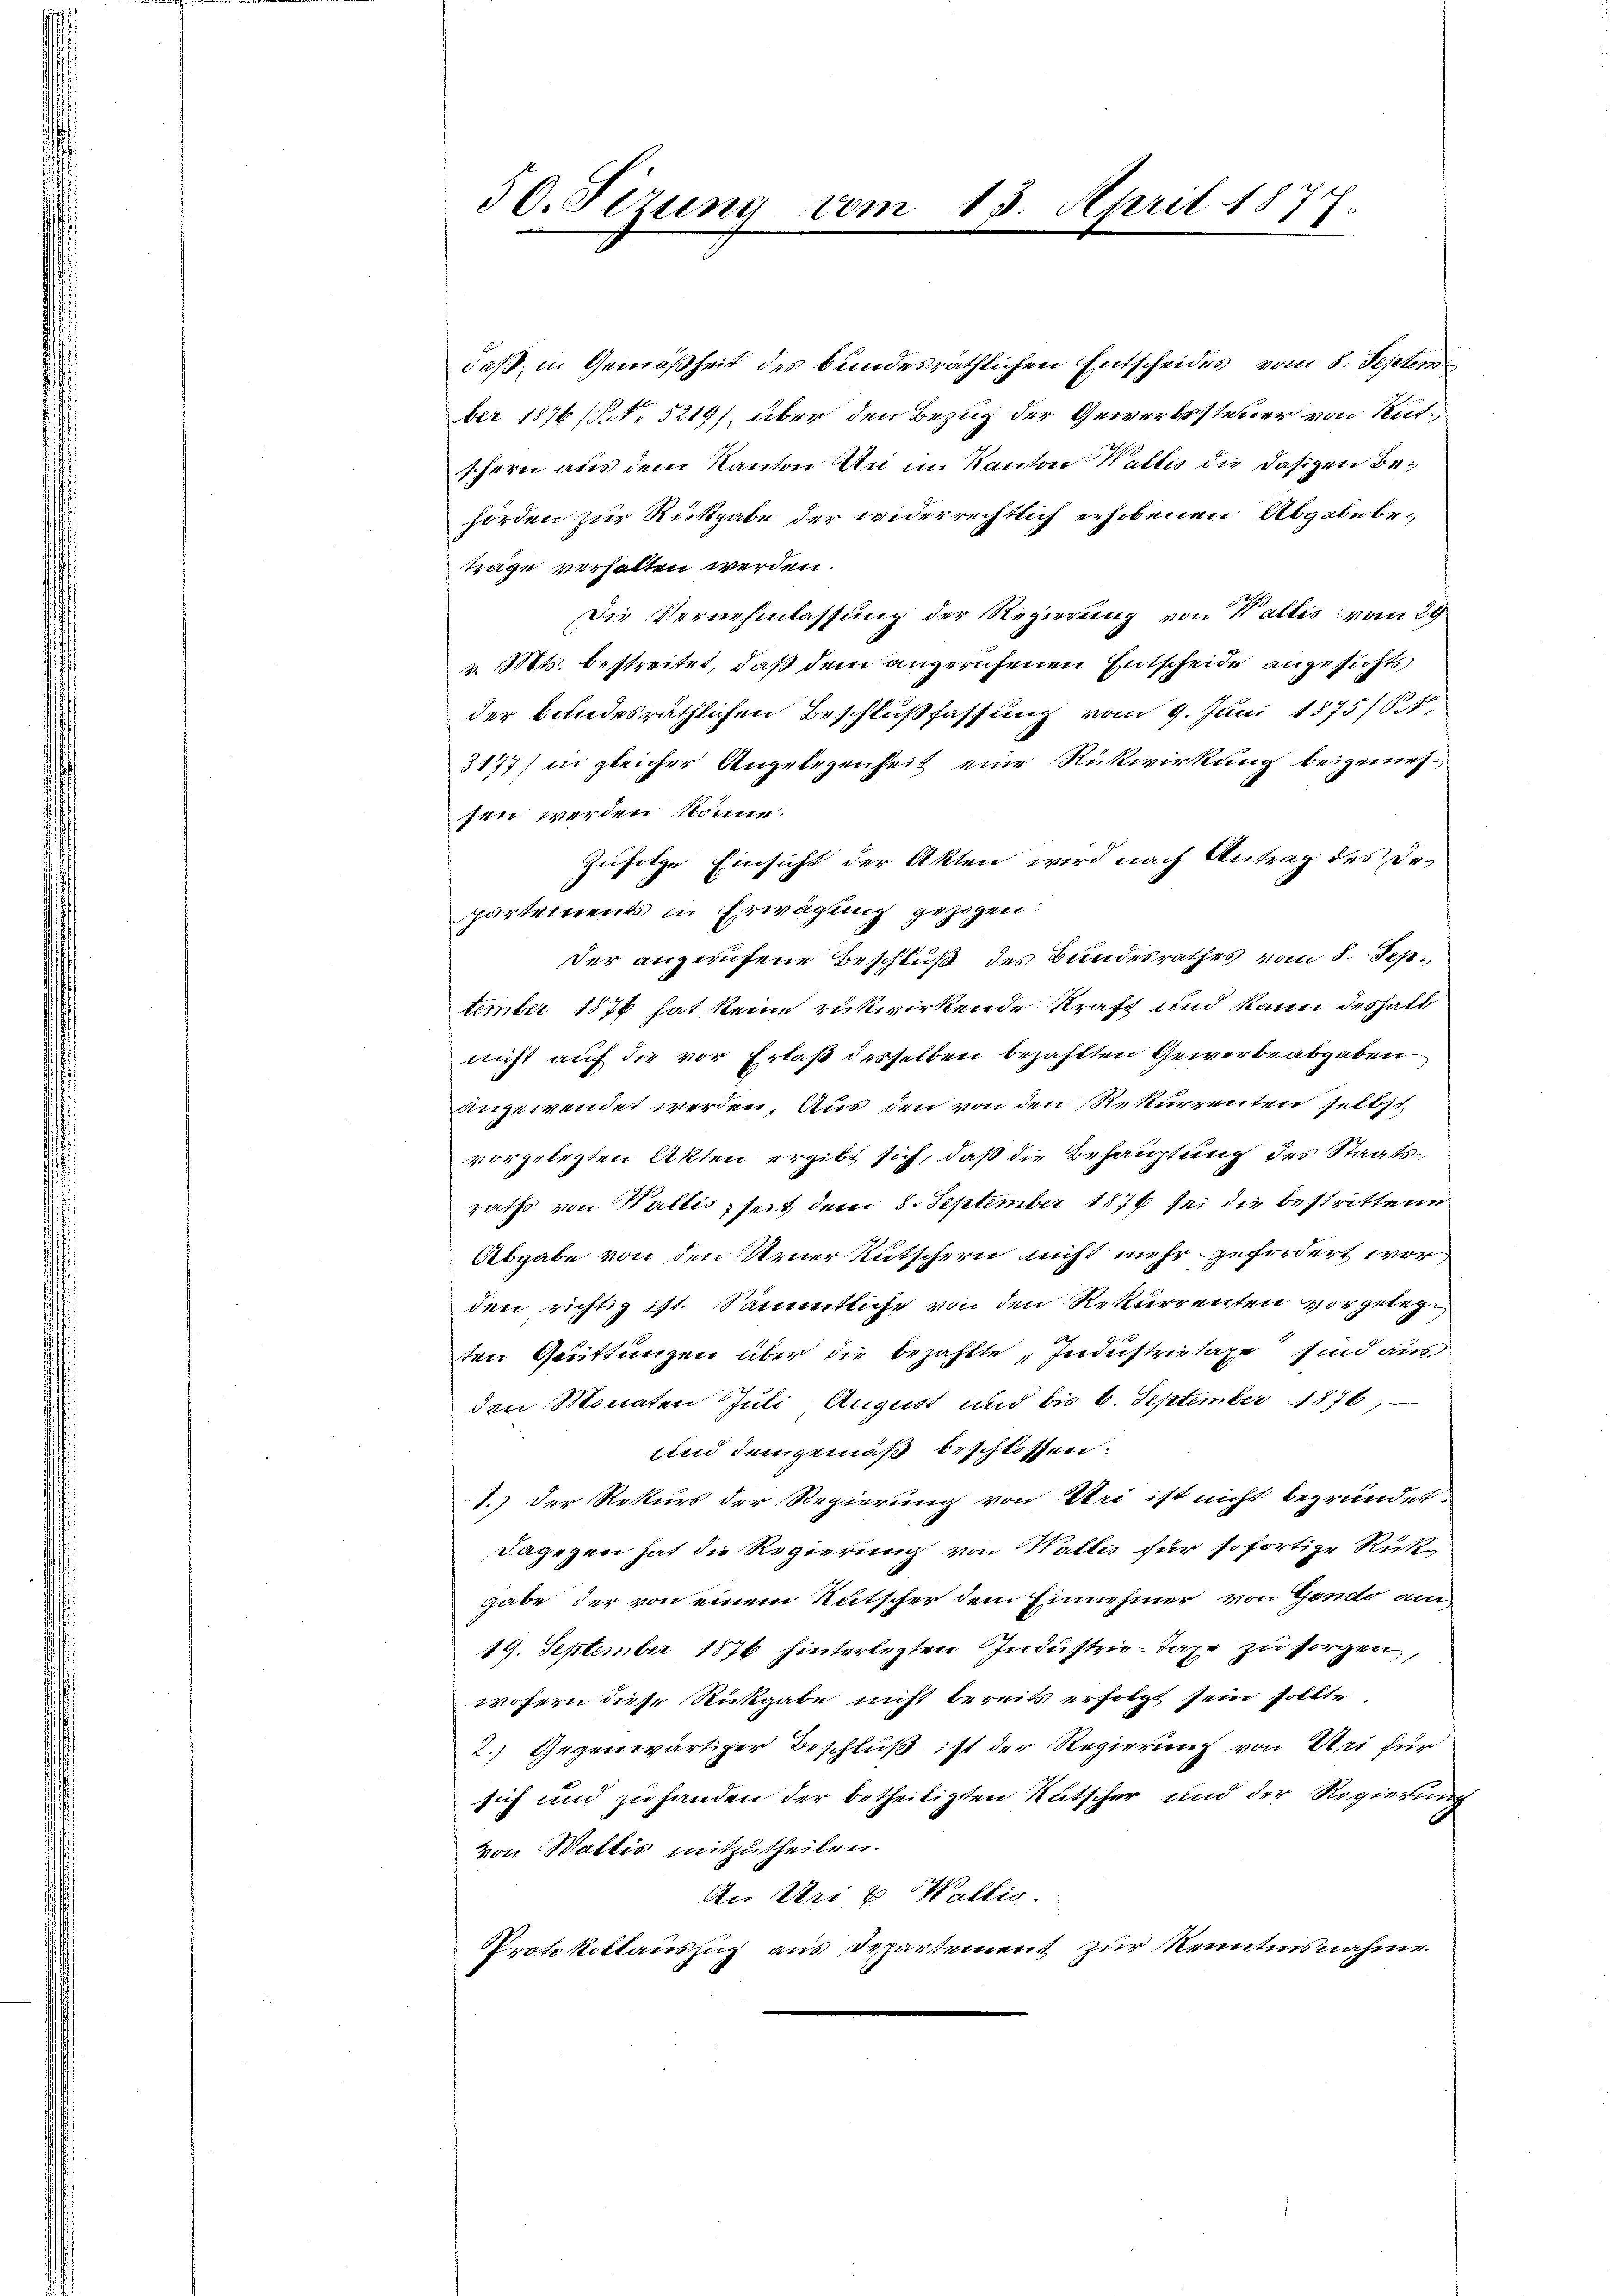
50. Sizung vom 15. April 1877.

daß, in Gemäßheit des bundesräthlichen Entscheides vom 8. Septem
ber 1876 (N. 5219), über den Bezug der Gewerbssteuer von Rütschern aus dem Kanton Uri im Kanton Wallis die dasigen Behörden zur Rückgabe der widerrechtlich erhobenen Abgabe beträge verhalten werden.
Die Vernehmlassung der Regierung von Wallis vom 29
v. Mts. bestreitet, daß dem angeruhenen Entscheide anzusichts
der bundesräthlichen Beschlußfassung vom 9. Juni 1875/81,
3177) in gleicher Angelegenheit eine Rückwirkung beigemessen werden könne.
Zufolge Einsicht der Akten wird nach Antrag des Dr.
partements in Erwägung gezogen:
der angerufene Beschluß des Bandesrathes vom 8. September 1876 hat keine rükwirkende Kraft und kann deshalb
nicht auf die vor Erlaß desselben bezahlten Gewerbe abgaben
angewendet werden. Aus den von den Rekurrenten selbst
vorgelegten Akten ergibt sich, daß die Behauptung des Staatsraths von Wallis seit dem 8. September 1876 sei die bestrittene
Abgabe von den Urner Kutschern nicht mehr gefordert worden richtig ist. Sämmtliche von den Rekurrenten vorgeleg¬
Er
ten Quittungen über die bezahlte „Inonistrietage sind aus
den Monaten Juli August und bis 6. September 1876
und demgemäß beschlossen.
1.) Der Rekurs der Regierung von Uri ist nicht begründet.
dagegen hat die Regierung von Wallis für sofortige Rück
gabe der von einem Rutscher dem Einnehmer von Gondo am
19. September 1876 hinterlegten Industrie-Tage zu sorgen,
wofern diese Rückgabe nicht bereits erfolgt sein sollte.
2.) Gegenwärtiger Beschluß ist der Regierung von Uri für
sich und zu handen der betheiligten Rutscher und der Regierung
von Wallis mitzutheilen.
An Uri u Wallis.
Protokollauszug aus Departement zur Kenntnisnahme